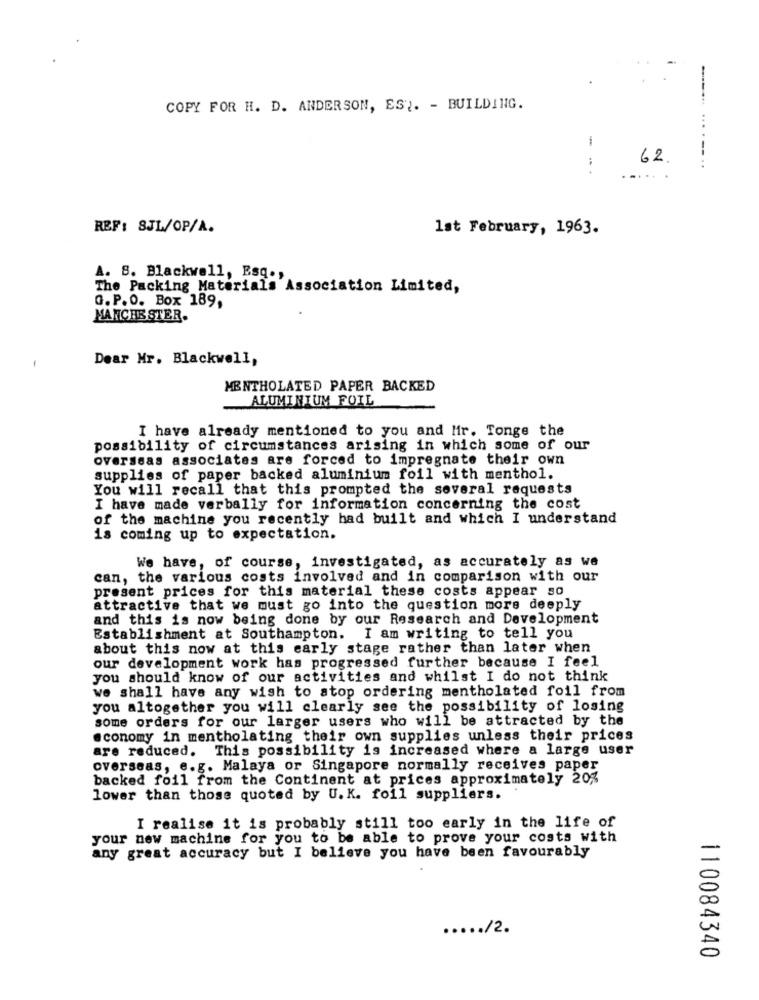
COPY FOR H. D. ANDERSON, EST. - BUILDING.
1
62.
REF: SJL/OP/A.
1st February, 1963.
A. 8. Blackwell, Esq .,
The Packing Materials Association Limited,
G.P.O. Box 189,
MANCHESTER.
Dear Mr. Blackwell,
MENTHOLATED PAPER BACKED
ALUMINIUM FOIL
I have already mentioned to you and Mir. Tonge the
possibility of circumstances arising in which some of our
overseas associates are forced to impregnate their own
supplies of paper backed aluminium foil with menthol.
You will recall that this prompted the several requests
I have made verbally for information concerning the cost
of the machine you recently had built and which I understand
is coming up to expectation.
We have, of course, investigated, as accurately as we
can, the various costs involved and in comparison with our
present prices for this material these costs appear so
attractive that we must go into the question more deeply
and this is now being done by our Research and Development
Establishment at Southampton.
I am writing to tell you
about this now at this early stage rather than later when
our development work has progressed further because I feel
you should know of our activities and whilst I do not think
we shall have any wish to stop ordering mentholated foil from
you altogether you will clearly see the possibility of losing
some orders for our larger users who will be attracted by the
economy in mentholating their own supplies unless their prices
are reduced. This possibility is increased where a large user
overseas, e.g. Malaya or Singapore normally receives paper
backed foil from the Continent at prices approximately 20%
lower than those quoted by U. K. foil suppliers.
I realise it is probably still too early in the life of
your new machine for you to be able to prove your costs with
any great accuracy but I believe you have been favourably
..... /2.
110084340